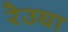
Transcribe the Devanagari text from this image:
रेउघा